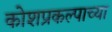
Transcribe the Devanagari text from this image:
कोशप्रकल्पाच्या